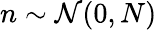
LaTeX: n\sim\mathcal{N}(0,N)